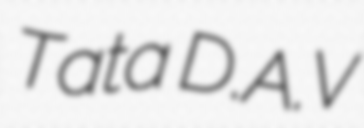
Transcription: Tata D.A.V